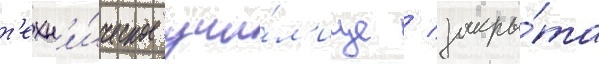
т'ехн'и́ческое учи́л'ище / закры́та